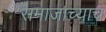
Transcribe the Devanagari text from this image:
समाजाच्याच